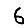
Digit: 6